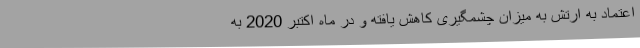
اعتماد به ارتش به میزان چشمگیری کاهش یافته و در ماه اکتبر 2020 به